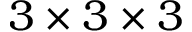
3 \times 3 \times 3